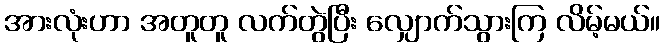
အားလုံးဟာ အတူတူ လက်တွဲပြီး လျှောက်သွားကြ လိမ့်မယ်။